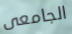
الجامعى